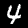
Digit: 4